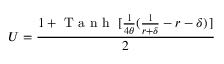
U = \frac { 1 + \mathrm { ~ T ~ a ~ n ~ h ~ } \left. [ \frac { 1 } { 4 \theta } ( \frac { 1 } { r + \delta } - r - \delta ) \right. ] } { 2 }